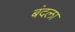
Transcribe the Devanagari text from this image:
बंदला